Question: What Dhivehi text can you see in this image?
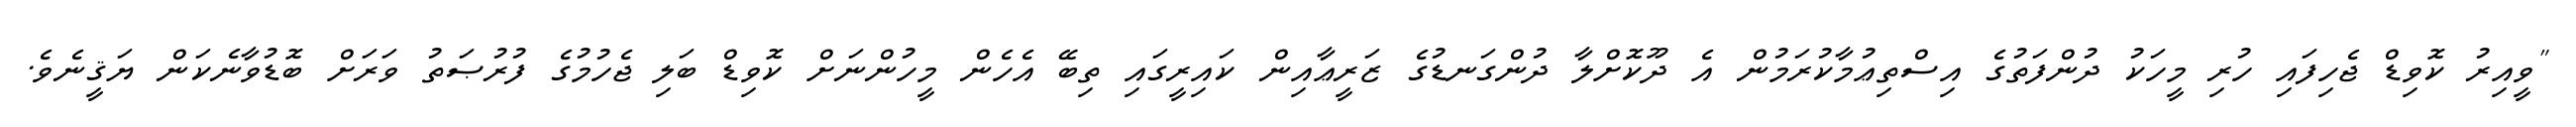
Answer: "ވީއިރު ކޮވިޑް ޖެހިފައި ހުރި މީހަކު ދުންފަތުގެ އިސްތިޢުމާކުރަމުން އެ ދޫކޮށްލާ ދުންގަނޑުގެ ޒަރީޢާއިން ކައިރީގައި ތިބޭ އެހެން މީހުންނަށް ކޮވިޑް ބަލި ޖެހުމުގެ ފުރުޞަތު ވަރަށް ބޮޑުވާނެކަން ޔަޤީނެވެ.